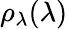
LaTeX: \rho_{\lambda}(\lambda)